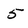
Character: 5